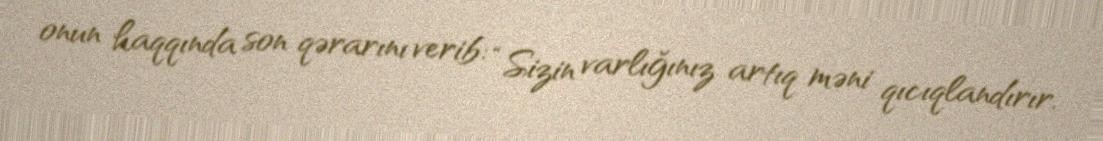
onun haqqında son qərarını verib: “Sizin varlığınız artıq məni qıcıqlandırır.